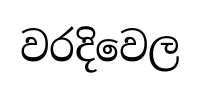
වරදිවෙල